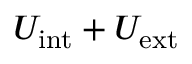
U _ { \mathrm { i n t } } + U _ { \mathrm { e x t } }